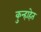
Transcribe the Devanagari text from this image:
कुन्हाहेत